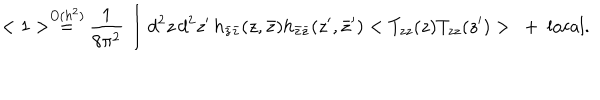
< 1 > \stackrel { O ( h ^ { 2 } ) } { = } \frac { 1 } { 8 \pi ^ { 2 } } \int d ^ { 2 } z \, d ^ { 2 } z ^ { \prime } \, h _ { \bar { z } \bar { z } } ( z , \bar { z } ) h _ { \bar { z } \bar { z } } ( z ^ { \prime } , \bar { z } ^ { \prime } ) < T _ { z z } ( z ) T _ { z z } ( z ^ { \prime } ) > \ + \ \mathrm { l o c a l } .